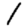
Digit: 1